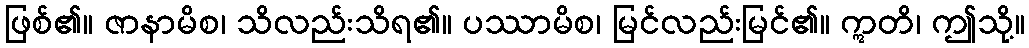
ဖြစ်၏။ ဇာနာမိစ၊ သိလည်းသိရ၏။ ပဿာမိစ၊ မြင်လည်းမြင်၏။ ဣတိ၊ ဤသို့။